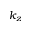
k _ { z }